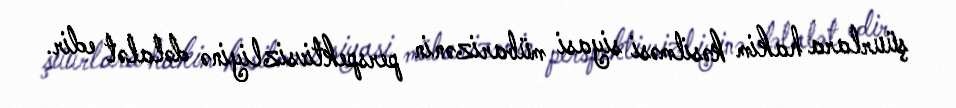
şüurlara hakim kəsilməsi siyasi mübarizənin perspektivsizliyinə dəlalət edir.